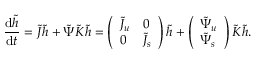
\frac { \mathop { } \! \mathrm { d } \tilde { h } } { \mathop { } \! \mathrm { d } t } = \tilde { J } \tilde { h } + \tilde { \Psi } \tilde { K } \tilde { h } = \left( \begin{array} { l l } { \tilde { J } _ { u } } & { 0 } \\ { 0 } & { \tilde { J } _ { s } } \end{array} \right) \tilde { h } + \left( \begin{array} { l } { \tilde { \Psi } _ { u } } \\ { \tilde { \Psi } _ { s } } \end{array} \right) \tilde { K } \tilde { h } .